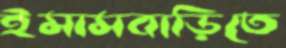
ইমামবাড়িতে